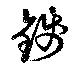
銭